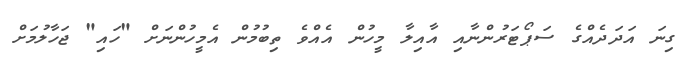
ގިނަ އަދަދެއްގެ ސަޕޯޓަރުންނާއި އާއިލާ މީހުން އެއްވެ ތިބުމުން އެމީހުންނަށް "ހައި" ޖަހާލުމަށް